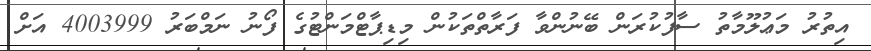
އިތުރު މަޢުލޫމާތު ސާފުކުރަން ބޭނުންވާ ފަރާތްތަކުން މިޑިޕާޓްމަންޓުގެ ފޯނު ނަމްބަރު 4003999 އަށް